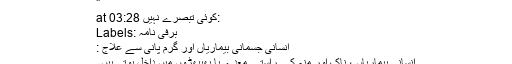
"
at 03:28 کوئی تبصرے نہیں:
Labels: برفی نامہ
انسانی جسمانی بیماریاں اور گرم پانی سے علاج :
انسانی بیماریاں ، ناک اور منہ کے راستے معدے یا پھیپھڑوں میں داخل ہوتی ہیں ۔